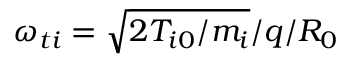
\omega _ { t i } = \sqrt { 2 T _ { i 0 } / m _ { i } } / q / R _ { 0 }